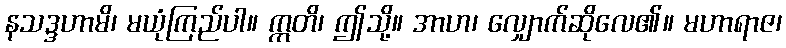
နသဒ္ဒဟာမိ၊ မယုံကြည်ပါ။ ဣတိ၊ ဤသို့။ အာဟ၊ လျှောက်ဆိုလေ၏။ မဟာရာဇ၊